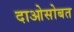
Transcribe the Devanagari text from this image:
दाओसोबत